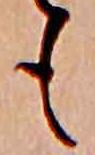
も